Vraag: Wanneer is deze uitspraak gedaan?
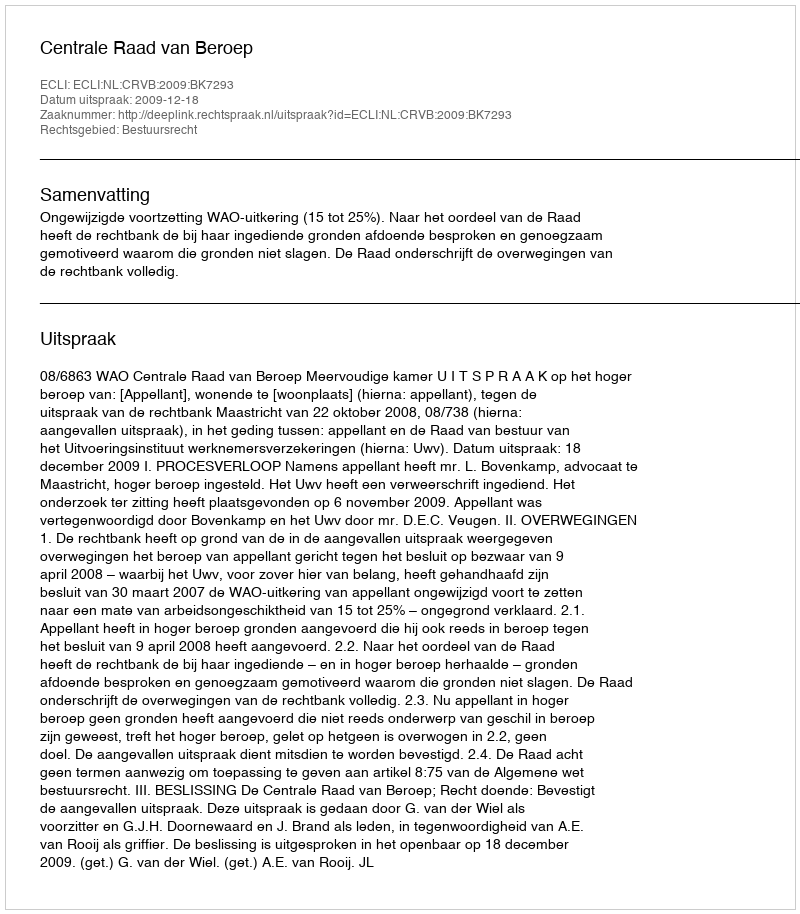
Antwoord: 2009-12-18